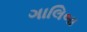
ગાલિબા